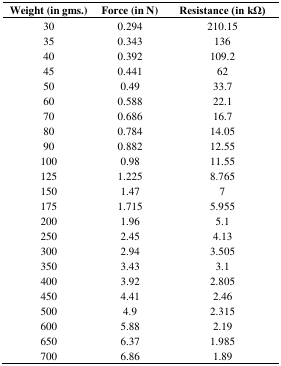
<table><thead><tr><td><b>Weight (in gms.)</b></td><td><b>Force (in N)</b></td><td><b>Resistance (in kΩ)</b></td></tr></thead><tbody><tr><td>30</td><td>0.294</td><td>210.15</td></tr><tr><td>35</td><td>0.343</td><td>136</td></tr><tr><td>40</td><td>0.392</td><td>109.2</td></tr><tr><td>45</td><td>0.441</td><td>62</td></tr><tr><td>50</td><td>0.49</td><td>33.7</td></tr><tr><td>60</td><td>0.588</td><td>22.1</td></tr><tr><td>70</td><td>0.686</td><td>16.7</td></tr><tr><td>80</td><td>0.784</td><td>14.05</td></tr><tr><td>90</td><td>0.882</td><td>12.55</td></tr><tr><td>100</td><td>0.98</td><td>11.55</td></tr><tr><td>125</td><td>1.225</td><td>8.765</td></tr><tr><td>150</td><td>1.47</td><td>7</td></tr><tr><td>175</td><td>1.715</td><td>5.955</td></tr><tr><td>200</td><td>1.96</td><td>5.1</td></tr><tr><td>250</td><td>2.45</td><td>4.13</td></tr><tr><td>300</td><td>2.94</td><td>3.505</td></tr><tr><td>350</td><td>3.43</td><td>3.1</td></tr><tr><td>400</td><td>3.92</td><td>2.805</td></tr><tr><td>450</td><td>4.41</td><td>2.46</td></tr><tr><td>500</td><td>4.9</td><td>2.315</td></tr><tr><td>600</td><td>5.88</td><td>2.19</td></tr><tr><td>650</td><td>6.37</td><td>1.985</td></tr><tr><td>700</td><td>6.86</td><td>1.89</td></tr></tbody></table>